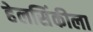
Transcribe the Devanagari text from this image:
हेलसिंकीला